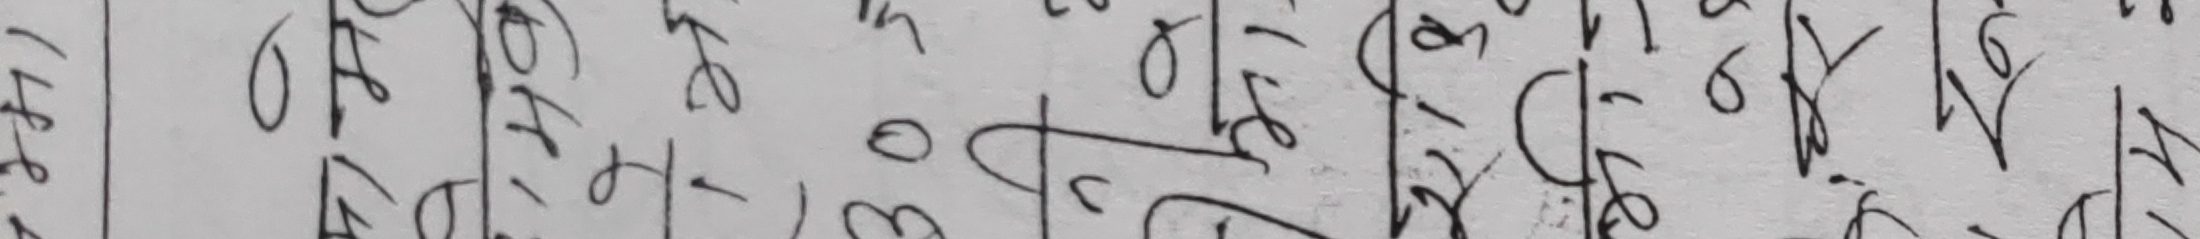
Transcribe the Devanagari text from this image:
जेठ २० ।